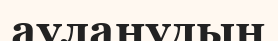
ауланудың